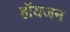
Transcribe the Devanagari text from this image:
हॉयजन